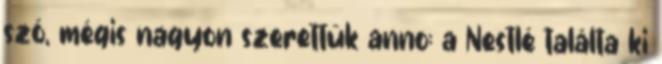
szó, mégis nagyon szerettük anno: a Nestlé találta ki